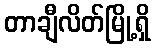
တာချီလိတ်မြို့ရှိ